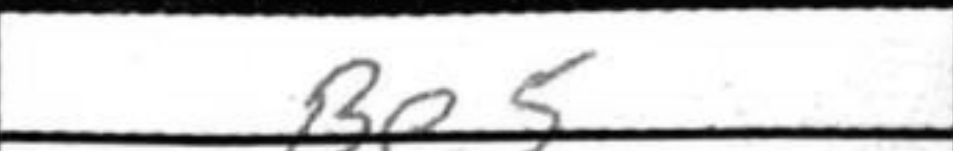
Transcription: Be5